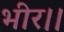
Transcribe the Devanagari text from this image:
भीर।।